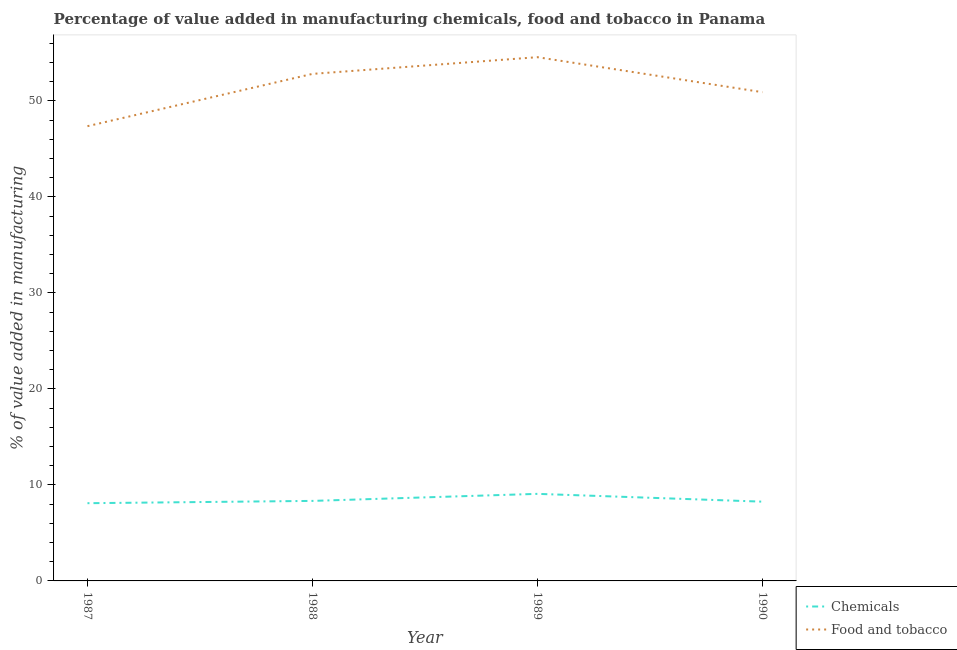
| Year | Chemicals | Food and tobacco |
 | --- | --- | --- |
 | 1987 | 8.1 | 47.4 |
 | 1988 | 8.34 | 52.8 |
 | 1989 | 9.07 | 54.6 |
 | 1990 | 8.26 | 50.9 |